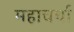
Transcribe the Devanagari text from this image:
महाचर्चा